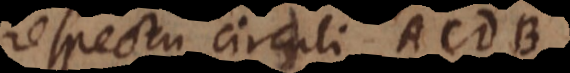
respectu circuli ACD